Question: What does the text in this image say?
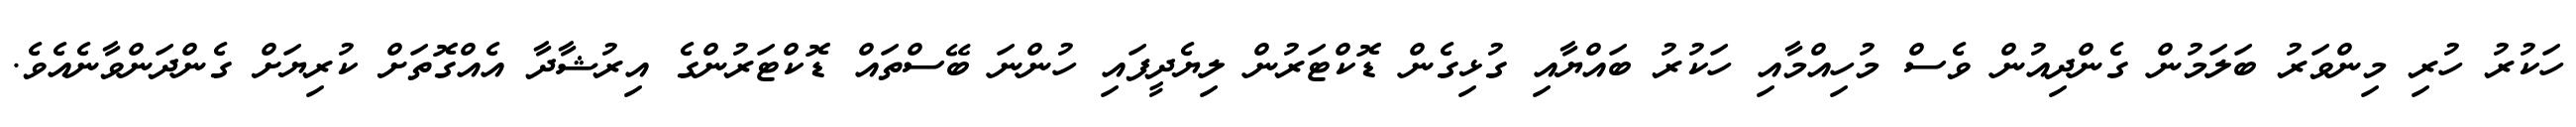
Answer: ހަކުރު ހުރި މިންވަރު ބަލަމުން ގެންދިއުން ވެސް މުހިއްމާއި ހަކުރު ބައްޔާއި ގުޅިގެން ޑޮކްޓަރުން ލިޔެދީފައި ހުންނަ ބޭސްތައް ޑޮކްޓަރުންގެ އިރުޝާދާ އެއްގޮތަށް ކުރިޔަށް ގެންދަންވާނެއެވެ.